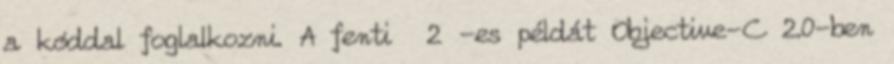
a kóddal foglalkozni. A fenti 2 -es példát Objective-C 2.0-ben